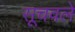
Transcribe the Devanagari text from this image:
सूचवले